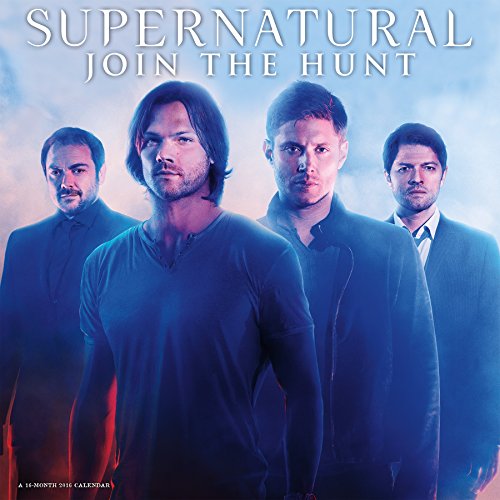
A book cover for Supernatural 2016 Wall Calendar; Trends International; Calendars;